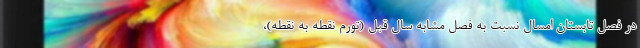
در فصل تابستان امسال نسبت به فصل مشابه سال قبل (تورم نقطه به نقطه)،